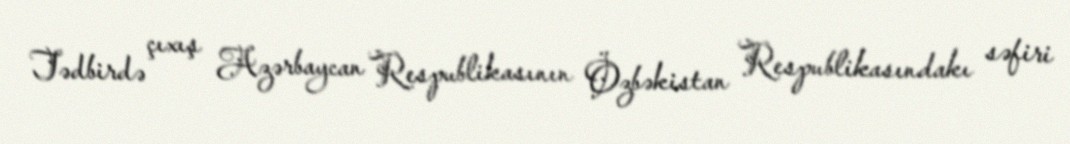
Tədbirdə çıxış Azərbaycan Respublikasının Özbəkistan Respublikasındakı səfiri